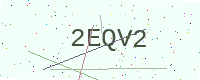
Text: 2EQV2